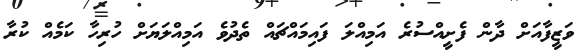
ވަޒީފާއަށް ދާން ފެށީއްސުރެ އަމިއްލަ ފައިމައްޗައް ތެދުވެ އަމިއްލަޔަށް ހުރިހާ ކަމެއް ކުރާ